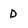
Character: d